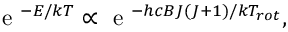
\mathrm { ~ e ~ } ^ { - E / k T } \propto \mathrm { ~ e ~ } ^ { - h c B J ( J + 1 ) / k T _ { r o t } } ,